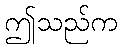
ဤသည်က